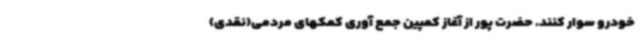
خودرو سوار کنند. حضرت پور از آغاز کمپین جمع آوری کمکهای مردمی(نقدی)